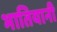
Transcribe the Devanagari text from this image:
भातियानी